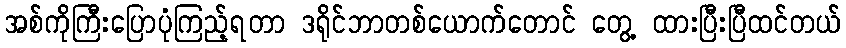
အစ်ကိုကြီးပြောပုံကြည့်ရတာ ဒရိုင်ဘာတစ်ယောက်တောင် တွေ့ ထားပြီးပြီထင်တယ်